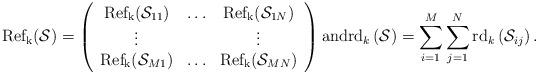
LaTeX: \begin{align*} {\rm Ref_{k}} (\mathcal{S})=\left(\begin{array}{ccc} {\rm Ref_{k}} (\mathcal{S}_{11})&\ldots&{\rm Ref_{k}} (\mathcal{S}_{1N})\\\vdots&&\vdots\\{\rm Ref_{k}} (\mathcal{S}_{M1})&\ldots&{\rm Ref_{k}} (\mathcal{S}_{MN})\end{array}\right) \textrm{and} {\rm rd} _k\left(\mathcal{S}\right)=\sum_{i=1}^M \sum_{j=1}^N{\rm rd} _k \left(\mathcal{S}_{ij}\right).\end{align*}